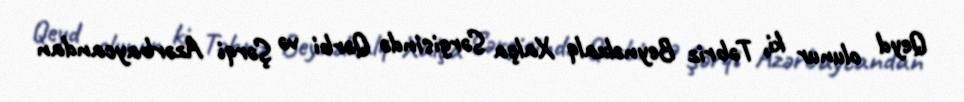
Qeyd olunur ki, Təbriz Beynəlxalq Xalça Sərgisində Qərbi və Şərqi Azərbaycandan